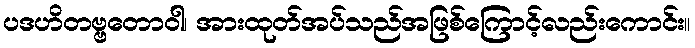
ပဒဟိတဗ္ဗတောဝါ၊ အားထုတ်အပ်သည်အဖြစ်ကြောင့်လည်းကောင်း။